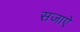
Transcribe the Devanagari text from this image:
सजाएें